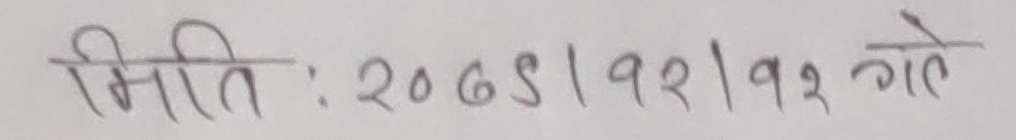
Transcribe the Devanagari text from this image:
मिति : २०८९।१२।१२ गते